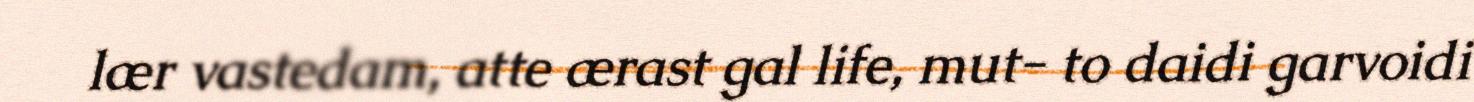
lær vastedam, atte ærast gal life, mut- to daidi garvoidi